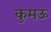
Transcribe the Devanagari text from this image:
कुमऊ